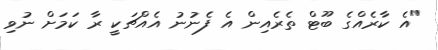
"އެ ކާރެއްގެ ބޫޓް ތެރެއިން އެ ފެނުނު އެއްޗަކީ ރާ ކަމަށް ނުވި